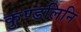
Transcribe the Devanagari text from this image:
कुण्डलिनि